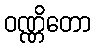
ဝဏ္ဏိတော